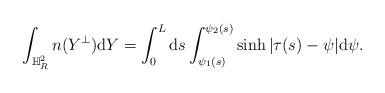
LaTeX: \begin{align*}\int_{\mathbb{H}^2_R}n(Y^\perp)\mathrm{d}Y=\int_0^L \mathrm{d}s\int_{\psi_1(s)}^{\psi_2(s)}\sinh|\tau(s)-\psi|\mathrm{d}\psi.\end{align*}